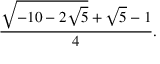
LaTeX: { \frac { { \sqrt { - 1 0 - 2 { \sqrt { 5 } } } } + { \sqrt { 5 } } - 1 } { 4 } } .